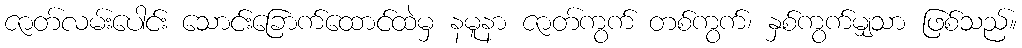
ဇာတ်လမ်းပေါင်း သောင်းခြောက်ထောင်ထဲမှ နမူနာ ဇာတ်ကွက် တစ်ကွက်၊ နှစ်ကွက်မျှသာ ဖြစ်သည်။